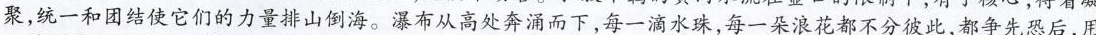
聚，统一和团结使它们的力量排山倒海。瀑布从高处奔涌而下，每一滴水珠，每一朵浪花都不分彼此，都争先恐后，用